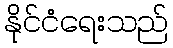
နိုင်ငံရေးသည်